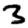
Digit: 3